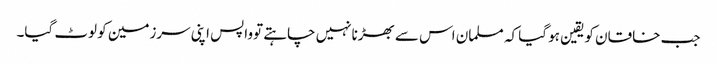
جب خاقان کویقین ہو گیا کہ مسلمان اس سے بھڑنانہیں چاہتے توواپس اپنی سرزمین کو لوٹ گیا۔